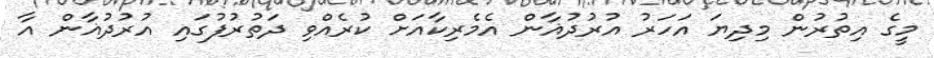
މީގެ އިތުރުން މިދިޔަ އަހަރު އުރުދުޣާން އެމެރިކާއަށް ކުރެއްވި ދަތުރުފުގައި އުރުދުޣާން އާ